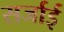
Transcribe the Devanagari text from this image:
सर्जाई